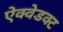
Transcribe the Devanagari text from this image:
ऐक्वेडक्ट